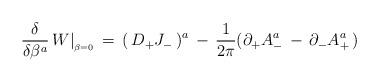
LaTeX: \begin{align*}{\delta \over \delta \beta^a} \,W\vert_{_{\beta = 0}}\,=\,(\,D_+ J_-\,)^a \,-\,{1\over 2\pi} (\partial_+ A_-^a \,-\, \partial_- A_+^a \,)\end{align*}